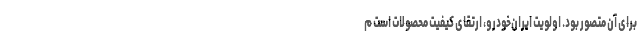
برای آن متصور بود. اولویت ایران‌خودرو، ارتقای کیفیت محصولات است م